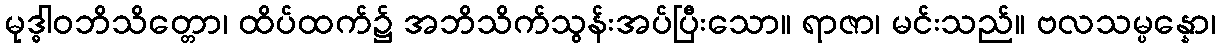
မုဒ္ဓါဝဘိသိတ္တော၊ ထိပ်ထက်၌ အဘိသိက်သွန်းအပ်ပြီးသော။ ရာဇာ၊ မင်းသည်။ ဗလသမ္ပန္နော၊